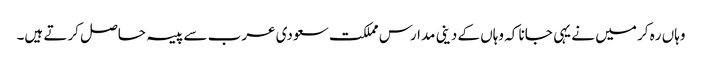
وہاں ره کر میں نے یہی جانا کہ وہاں کے دینی مدارس مملکت سعودی عرب سے پیسہ حاصل کرتے ہیں۔